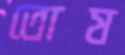
তোষ